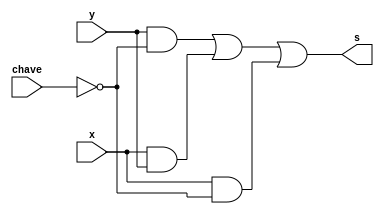
// -------------------------
// Exemplo0032 - F4
// Nome: Davidson Francis
// -------------------------


// -------------------------
// f4_gate
// -------------------------

module f4 (output s,
            input  x,
            input  y,
            input  chave);
  assign s = (y & ~chave) | (x & y) | (x & ~chave);
endmodule


module test_f4;

// ------------------------- definir dados
reg  a;
reg  b;
reg  c;
wire s;

f4 modulo (s, a,b,c);


initial begin:start
  a=0;b=0;c=0;
end


// ------------------------- parte principal
initial begin:main
  $display("Exemplo0032 - Davidson Francis - 466499");
  $display("Test LU's module");
  
  $display("a  b  chave  saida");
  $monitor("%b  %b  %b      %b", a,b,c, s);
 
  #1 a = 0; b = 0; c = 0;
  #1 a = 0; b = 0; c = 1;
  #1 a = 0; b = 1; c = 0;
  #1 a = 0; b = 1; c = 1;
  #1 a = 1; b = 0; c = 0;
  #1 a = 1; b = 0; c = 1;
  #1 a = 1; b = 1; c = 0;
  #1 a = 1; b = 1; c = 1;
end
endmodule